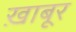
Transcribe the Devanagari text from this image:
ख़ाबूर